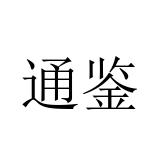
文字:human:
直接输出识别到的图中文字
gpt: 通鉴